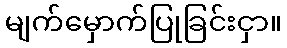
မျက်မှောက်ပြုခြင်းငှာ။